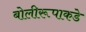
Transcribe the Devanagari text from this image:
बोलीरूपाकडे